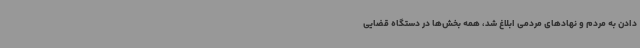
دادن به مردم و نهادهای مردمی ابلاغ شد، همه بخش‌ها در دستگاه قضایی